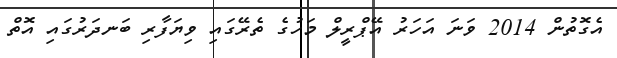
އެގޮތުން 2014 ވަނަ އަހަރު އޭޕްރީލް މަހުގެ ތެރޭގައި ވިޔަފާރި ބަނދަރުގައި އޮތް